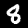
Label: 8